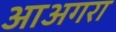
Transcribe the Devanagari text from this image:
आअगरा